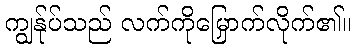
ကျွန်ုပ်သည် လက်ကိုမြှောက်လိုက်၏။